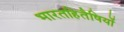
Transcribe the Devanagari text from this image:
भारतहितैषियों